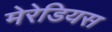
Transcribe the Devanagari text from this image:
मेरेडियस